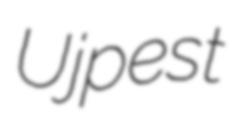
Ujpest